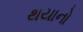
થયાનો